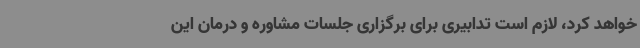
خواهد کرد، لازم است تدابیری برای برگزاری جلسات مشاوره و درمان این